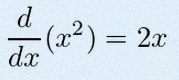
\frac{d}{dx}(x^2)=2x